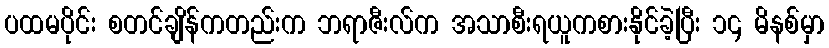
ပထမပိုင်း စတင်ချိန်ကတည်းက ဘရာဇီးလ်က အသာစီးရယူကစားနိုင်ခဲ့ပြီး ၁၄ မိနစ်မှာ